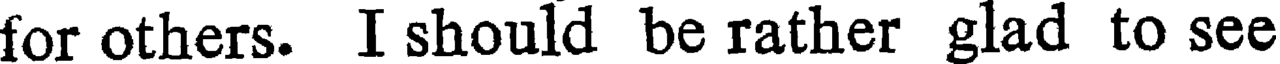
for others. I should be rather glad to see